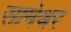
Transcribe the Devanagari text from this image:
सामेश्वर